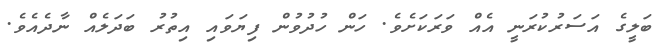
ބަލީގެ އަސަރުކުރަނީ އެއް ވަރަކަށެވެ. ހަން ހުދުވުން ފިޔަވައި އިތުރު ބަދަލެއް ނާދެއެވެ.